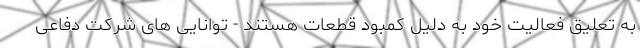
به تعلیق فعالیت خود به دلیل کمبود قطعات هستند - توانایی های شرکت دفاعی